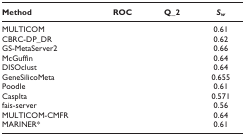
<table><thead><tr><td><b>Method</b></td><td><b>ROC</b></td><td><b>Q_2</b></td><td><b><i>S</i><sub><i>w</i></sub></b></td></tr></thead><tbody><tr><td>MULTICOM</td><td>[EMPTY_CELL]</td><td>[EMPTY_CELL]</td><td>0.61</td></tr><tr><td>CBRC-DP_DR</td><td>[EMPTY_CELL]</td><td>[EMPTY_CELL]</td><td>0.62</td></tr><tr><td>GS-MetaServer2</td><td>[EMPTY_CELL]</td><td>[EMPTY_CELL]</td><td>0.66</td></tr><tr><td>McGuffin</td><td>[EMPTY_CELL]</td><td>[EMPTY_CELL]</td><td>0.64</td></tr><tr><td>DISOclust</td><td>[EMPTY_CELL]</td><td>[EMPTY_CELL]</td><td>0.64</td></tr><tr><td>GeneSilicoMeta</td><td>[EMPTY_CELL]</td><td>[EMPTY_CELL]</td><td>0.655</td></tr><tr><td>Poodle</td><td>[EMPTY_CELL]</td><td>[EMPTY_CELL]</td><td>0.61</td></tr><tr><td>CaspIta</td><td>[EMPTY_CELL]</td><td>[EMPTY_CELL]</td><td>0.571</td></tr><tr><td>fais-server</td><td>[EMPTY_CELL]</td><td>[EMPTY_CELL]</td><td>0.56</td></tr><tr><td>MULTICOM-CMFR</td><td>[EMPTY_CELL]</td><td>[EMPTY_CELL]</td><td>0.64</td></tr><tr><td>MARINER*</td><td>[EMPTY_CELL]</td><td>[EMPTY_CELL]</td><td>0.61</td></tr></tbody></table>